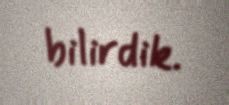
bilirdik.